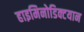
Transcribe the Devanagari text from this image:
हाइमिनोडिक्टयान